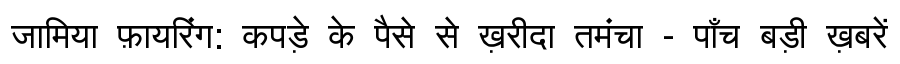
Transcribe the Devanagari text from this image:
जामिया फ़ायरिंग: कपड़े के पैसे से ख़रीदा तमंचा - पाँच बड़ी ख़बरें